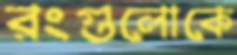
রংগুলোকে